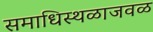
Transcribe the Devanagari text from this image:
समाधिस्थळाजवळ